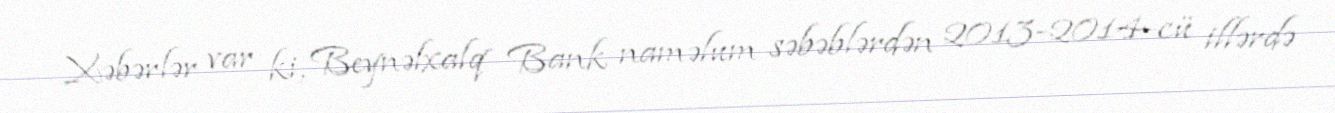
Xəbərlər var ki, Beynəlxalq Bank naməlum səbəblərdən 2013-2014-cü illərdə